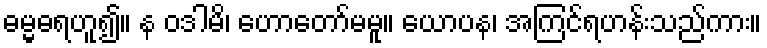
ဓမ္မဓရဟူ၍။ န ဝဒါမိ၊ ဟောတော်မမူ။ ယောပန၊ အကြင်ရဟန်းသည်ကား။